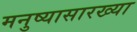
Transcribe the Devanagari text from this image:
मनुष्यासारख्या